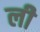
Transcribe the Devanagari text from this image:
लीे